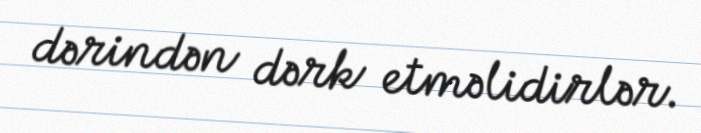
dərindən dərk etməlidirlər.